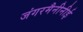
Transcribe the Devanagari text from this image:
जंगरमैनीनीई